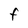
Character: f